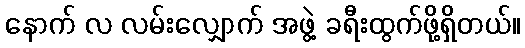
နောက် လ လမ်းလျှောက် အဖွဲ့ ခရီးထွက်ဖို့ရှိတယ်။